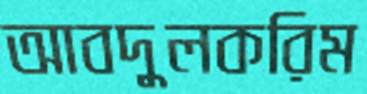
আবদুলকরিম